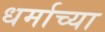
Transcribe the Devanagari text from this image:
धर्माच्‍या